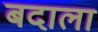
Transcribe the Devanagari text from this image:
बदाला